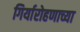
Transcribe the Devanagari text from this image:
गिर्यारोहणाच्या